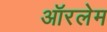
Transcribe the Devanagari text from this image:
ऑरलेम